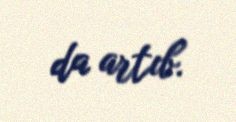
da artıb.